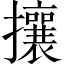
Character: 攘